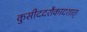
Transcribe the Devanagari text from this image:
कुसीददशैकादशात्